Scientific memoirs by medical officers of the Army of India - Part V,
Year: 1890
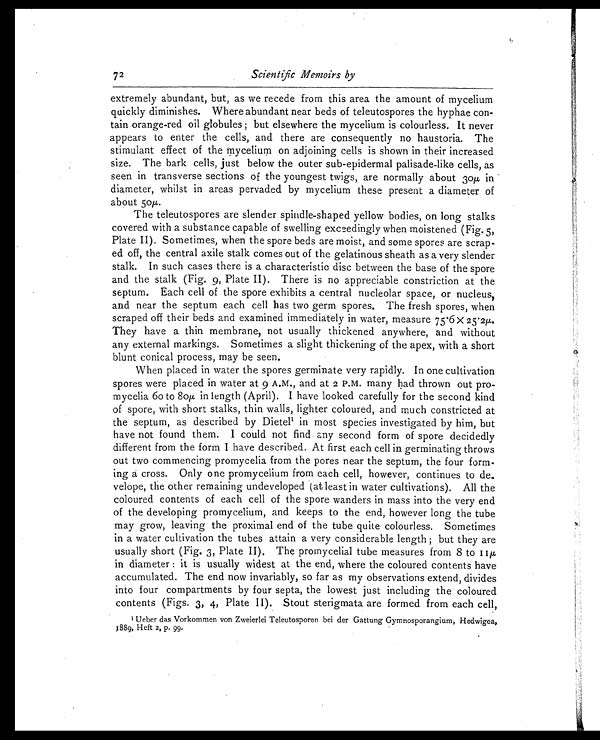
72
Scientific Memoirs by
extremely abundant, but, as we recede from this area the amount of mycelium
quickly diminishes. Where abundant near beds of teleutospores the hyphae con-
tain orange-red oil globules; but elsewhere the mycelium is colourless. It never
appears to enter the cells, and there are consequently no haustoria. The
stimulant effect of the mycelium on adjoining cells is shown in their increased
size. The bark cells, just below the outer sub-epidermal palisade-like cells, as
seen in transverse sections of the youngest twigs, are normally about 30μ in
diameter, whilst in areas pervaded by mycelium these present a diameter of
about 50μ .
The teleutospores are slender spindle-shaped yellow bodies, on long stalks
covered with a substance capable of swelling exceedingly when moistened (Fig. 5,
Plate II). Sometimes, when the spore beds are moist, and some spores are scrap-
ed off, the central axile stalk comes out of the gelatinous sheath as a very slender
stalk. In such cases there is a characteristic disc between the base of the spore
and the stalk (Fig. 9, Plate II). There is no appreciable constriction at the
septum. Each cell of the spore exhibits a central nucleolar space, or nucleus,
and near the septum each cell has two germ spores. The fresh spores, when
scraped off their beds and examined immediately in water, measure 75.6
X 2 5 . 2
μ .
They have a thin membrane, not usually thickened anywhere, and without
any external markings. Sometimes a slight thickening of the apex, with a short
blunt conical process, may be seen.
When placed in water the spores germinate very rapidly. In one cultivation
spores were placed in water at 9 A.M., and at 2 P.M. many had thrown out pro-
mycelia 60 to 80μ in length (April). I have looked carefully for the second kind
of spore, with short stalks, thin walls, lighter coloured, and much constricted at
the septum, as described by Dietel1 in most species investigated by him, but
have not found them. I could not find any second form of spore decidedly
different from the form I have described. At first each cell in germinating throws
out two commencing promycelia from the pores near the septum, the four form-
ing a cross. Only one promycelium from each cell, however, continues to de-
velope, the other remaining undeveloped (at least in water cultivations). All the
coloured contents of each cell of the spore wanders in mass into the very end
of the developing promycelium, and keeps to the end, however long the tube
may grow, leaving the proximal end of the tube quite colourless. Sometimes
in a water cultivation the tubes attain a very considerable length; but they are
usually short (Fig. 3, Plate II). The promycelial tube measures from 8 to 11 μ
in diameter: it is usually widest at the end, where the coloured contents have
accumulated. The end now invariably, so far as my observations extend, divides
into four compartments by four septa, the lowest just including the coloured
contents (Figs. 3, 4, Plate II). Stout sterigmata are formed from each cell,
1 Ueber das Vorkommen von Zweierlei Teleutosporen bei der Gattung Gymnosporangium, Hedwigea,
1889, Heft 2, p. 99.